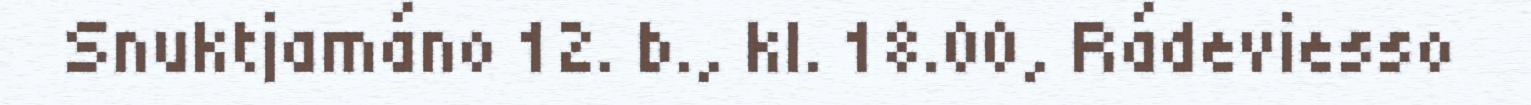
Snuktjamáno 12. b., kl. 18.00, Rádeviesso